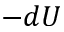
- d U